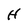
Character: H